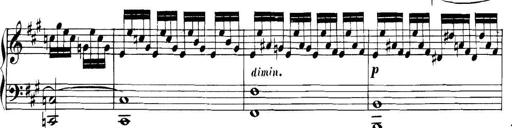
Title: Collected Piano Sonatas
Composer: Muzio Clementi